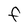
Character: F